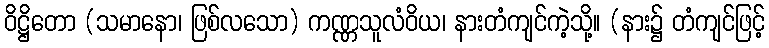
ဝိဋ္ဌိတော (သမာနော၊ ဖြစ်လသော) ကဏ္ဏသူလံဝိယ၊ နားတံကျင်ကဲ့သို့။ (နား၌ တံကျင်ဖြင့်